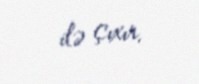
ilə çıxır.